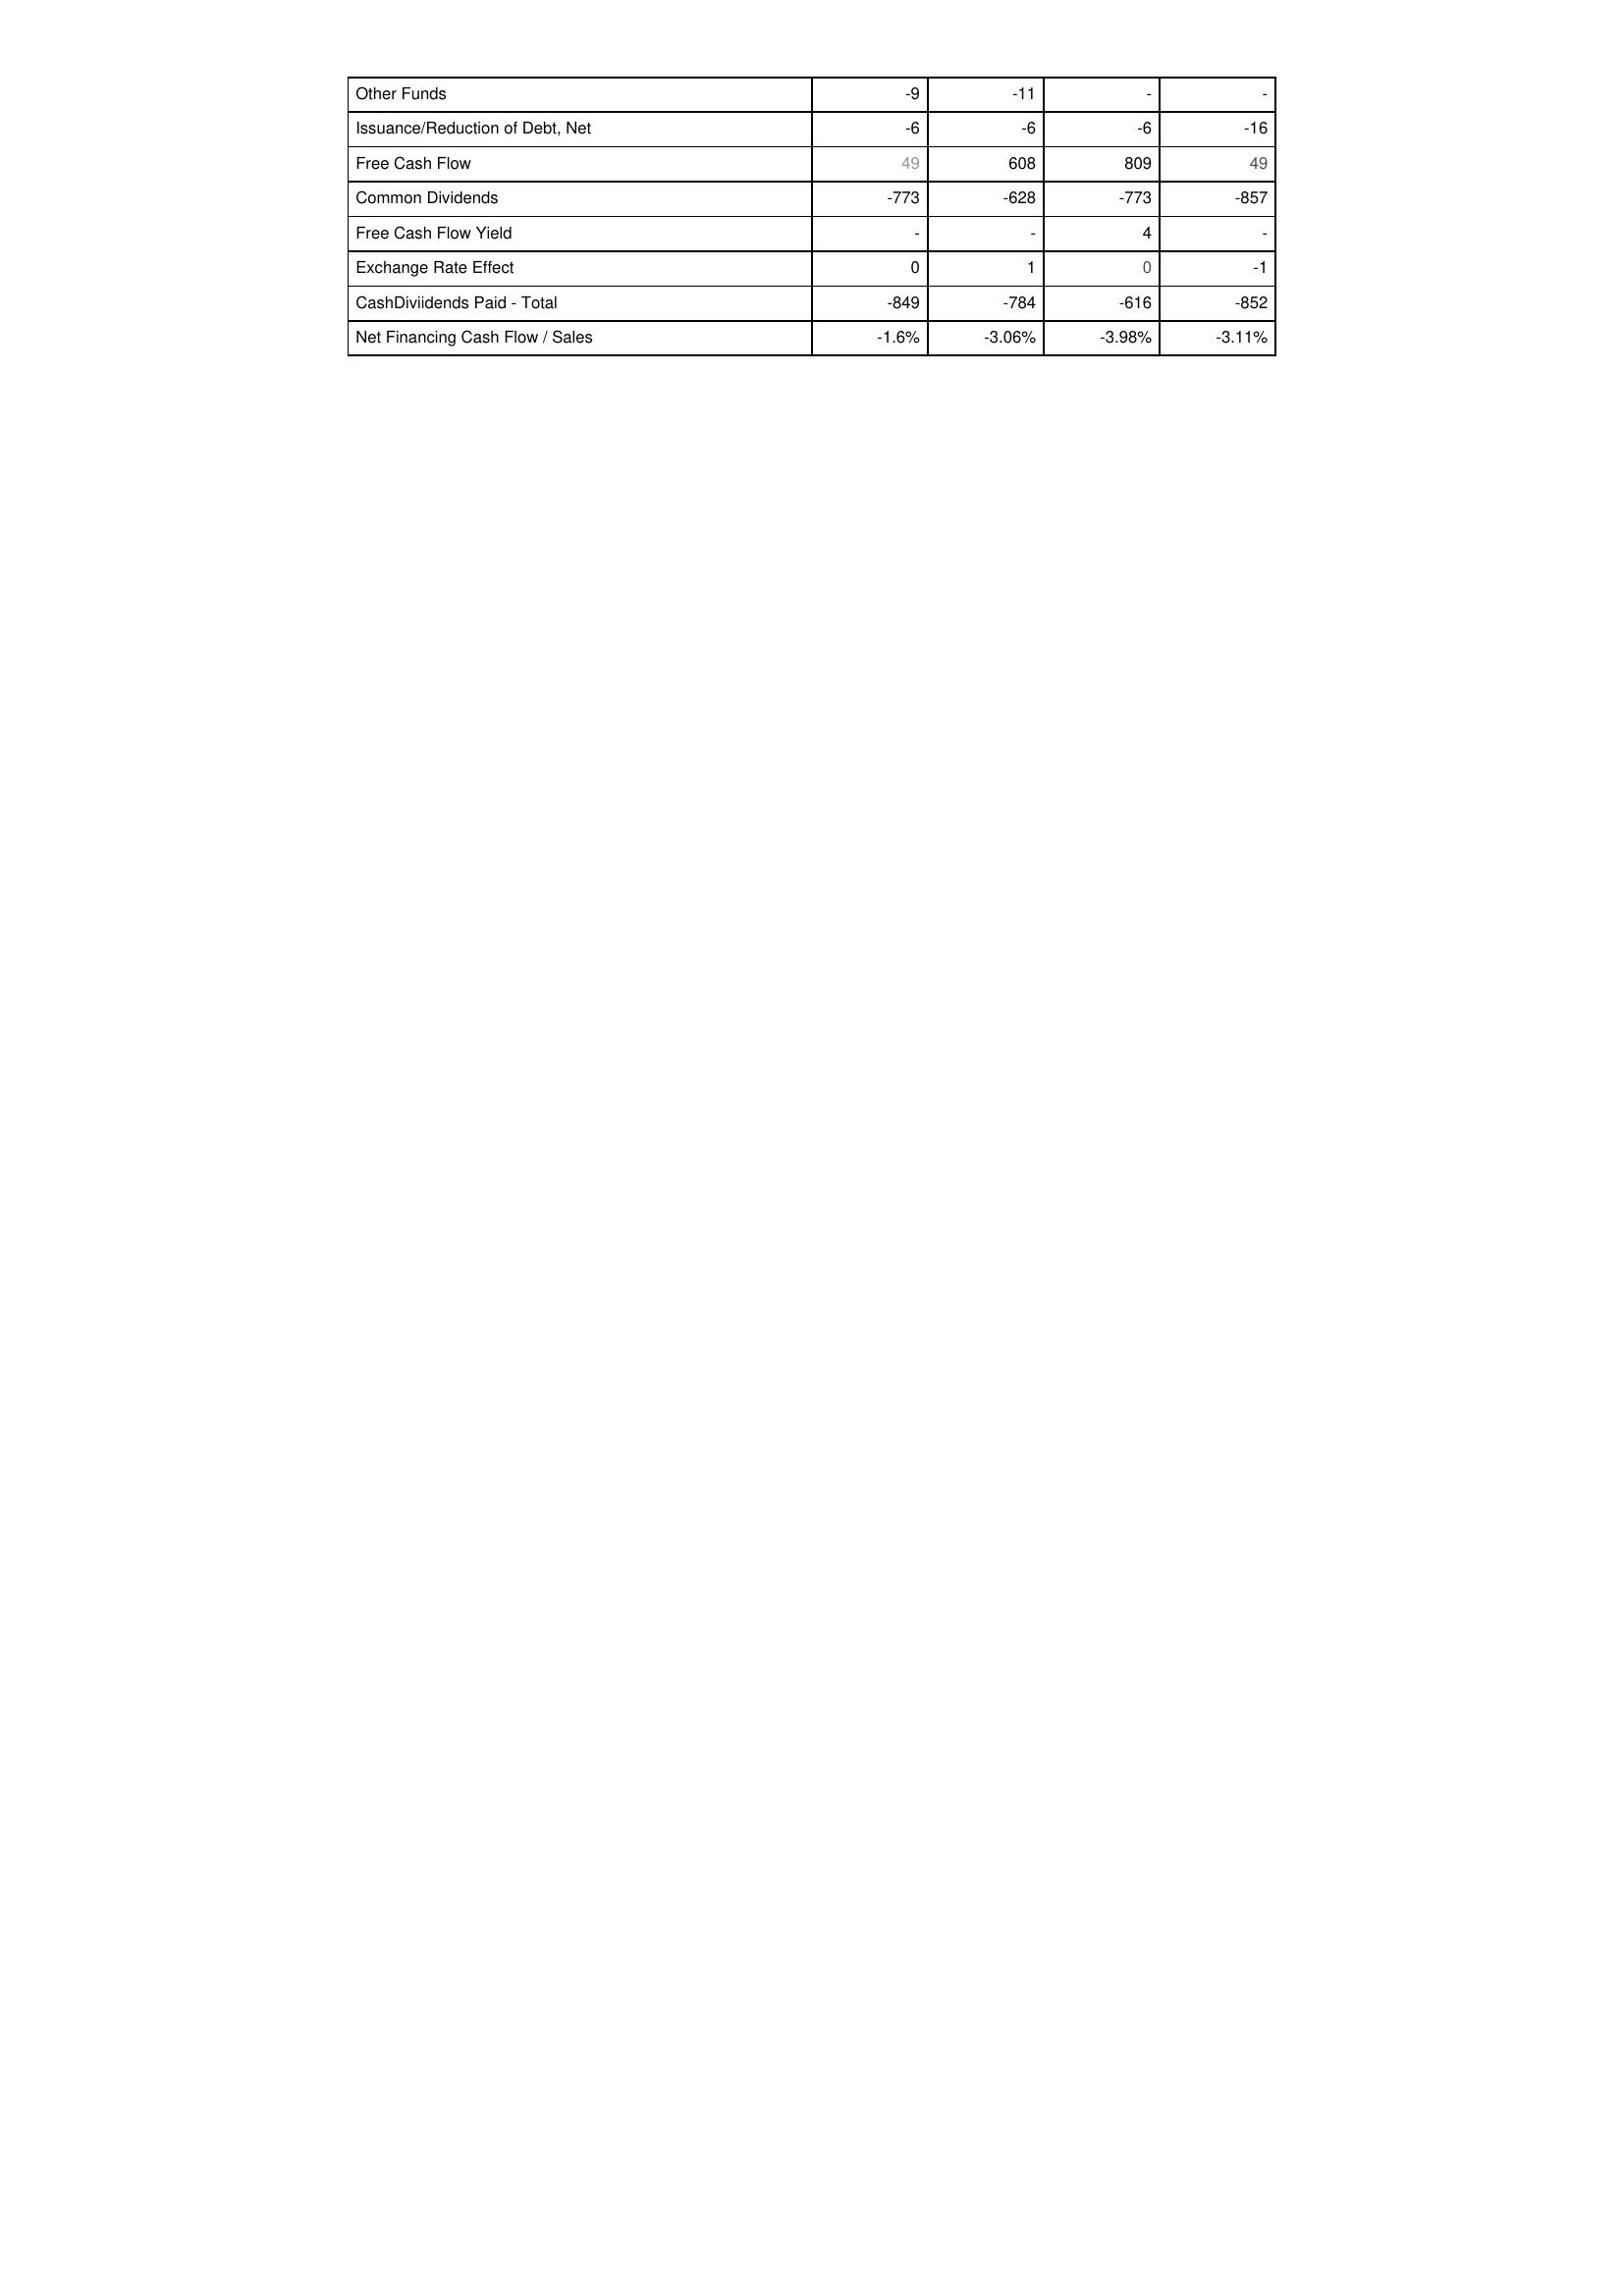
2022: Financing Activities: Other Funds: -9
Issuance/Reduction of Debt, Net: -6
Free Cash Flow: 49
Common Dividends: -773
Free Cash Flow Yield: -
Exchange Rate Effect: 0
CashDiviidends Paid - Total: -849
Net Financing Cash Flow / Sales: -1.6%
2021: Financing Activities: Other Funds: -11
Issuance/Reduction of Debt, Net: -6
Free Cash Flow: 608
Common Dividends: -628
Free Cash Flow Yield: -
Exchange Rate Effect: 1
CashDiviidends Paid - Total: -784
Net Financing Cash Flow / Sales: -3.06%
2020: Financing Activities: Other Funds: -
Issuance/Reduction of Debt, Net: -6
Free Cash Flow: 809
Common Dividends: -773
Free Cash Flow Yield: 4
Exchange Rate Effect: 0
CashDiviidends Paid - Total: -616
Net Financing Cash Flow / Sales: -3.98%
2019: Financing Activities: Other Funds: -
Issuance/Reduction of Debt, Net: -16
Free Cash Flow: 49
Common Dividends: -857
Free Cash Flow Yield: -
Exchange Rate Effect: -1
CashDiviidends Paid - Total: -852
Net Financing Cash Flow / Sales: -3.11%